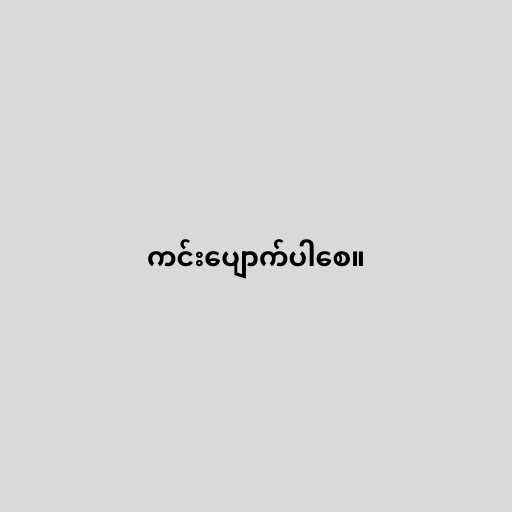
ကင်းပျောက်ပါစေ။